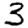
Digit: 3